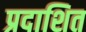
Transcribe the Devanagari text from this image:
प्रदाशित